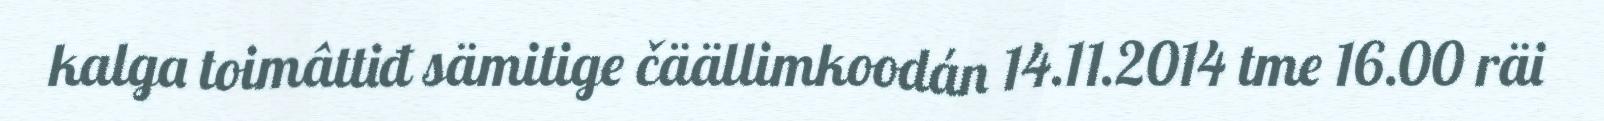
kalga toimâttiđ sämitige čäällimkoodán 14.11.2014 tme 16.00 räi